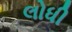
લોધી